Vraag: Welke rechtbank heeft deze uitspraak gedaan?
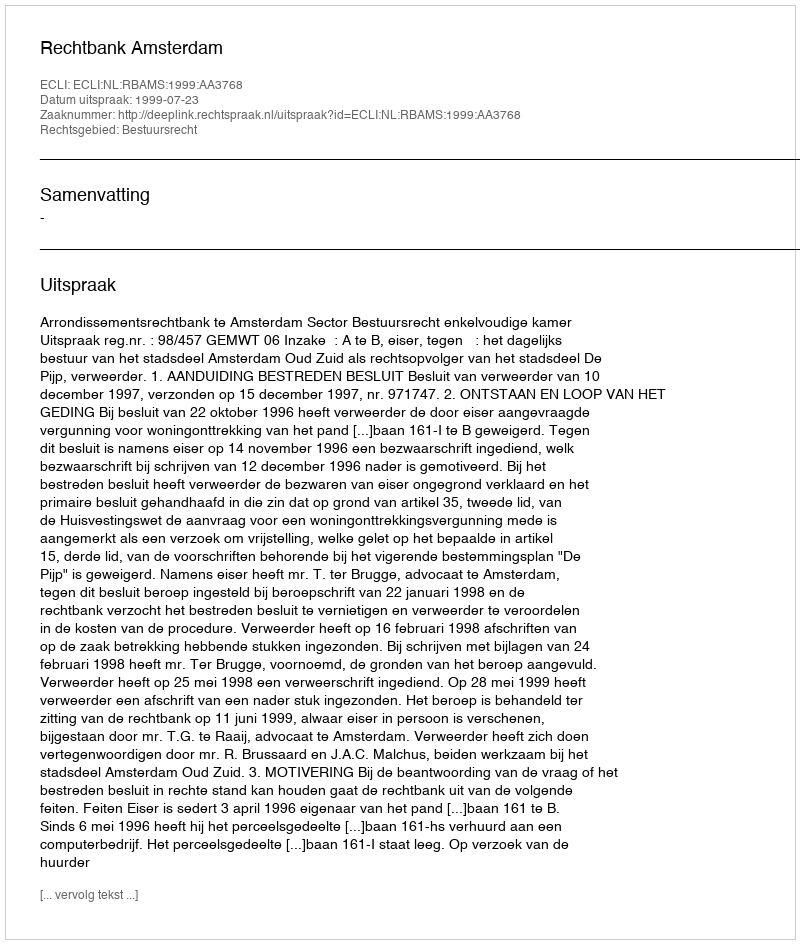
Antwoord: Rechtbank Amsterdam